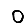
Digit: 0